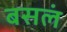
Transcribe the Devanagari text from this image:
बसलं